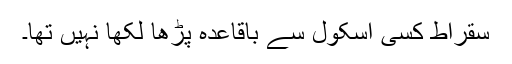
سقراط کسی اسکول سے باقاعدہ پڑھا لکھا نہیں تھا۔